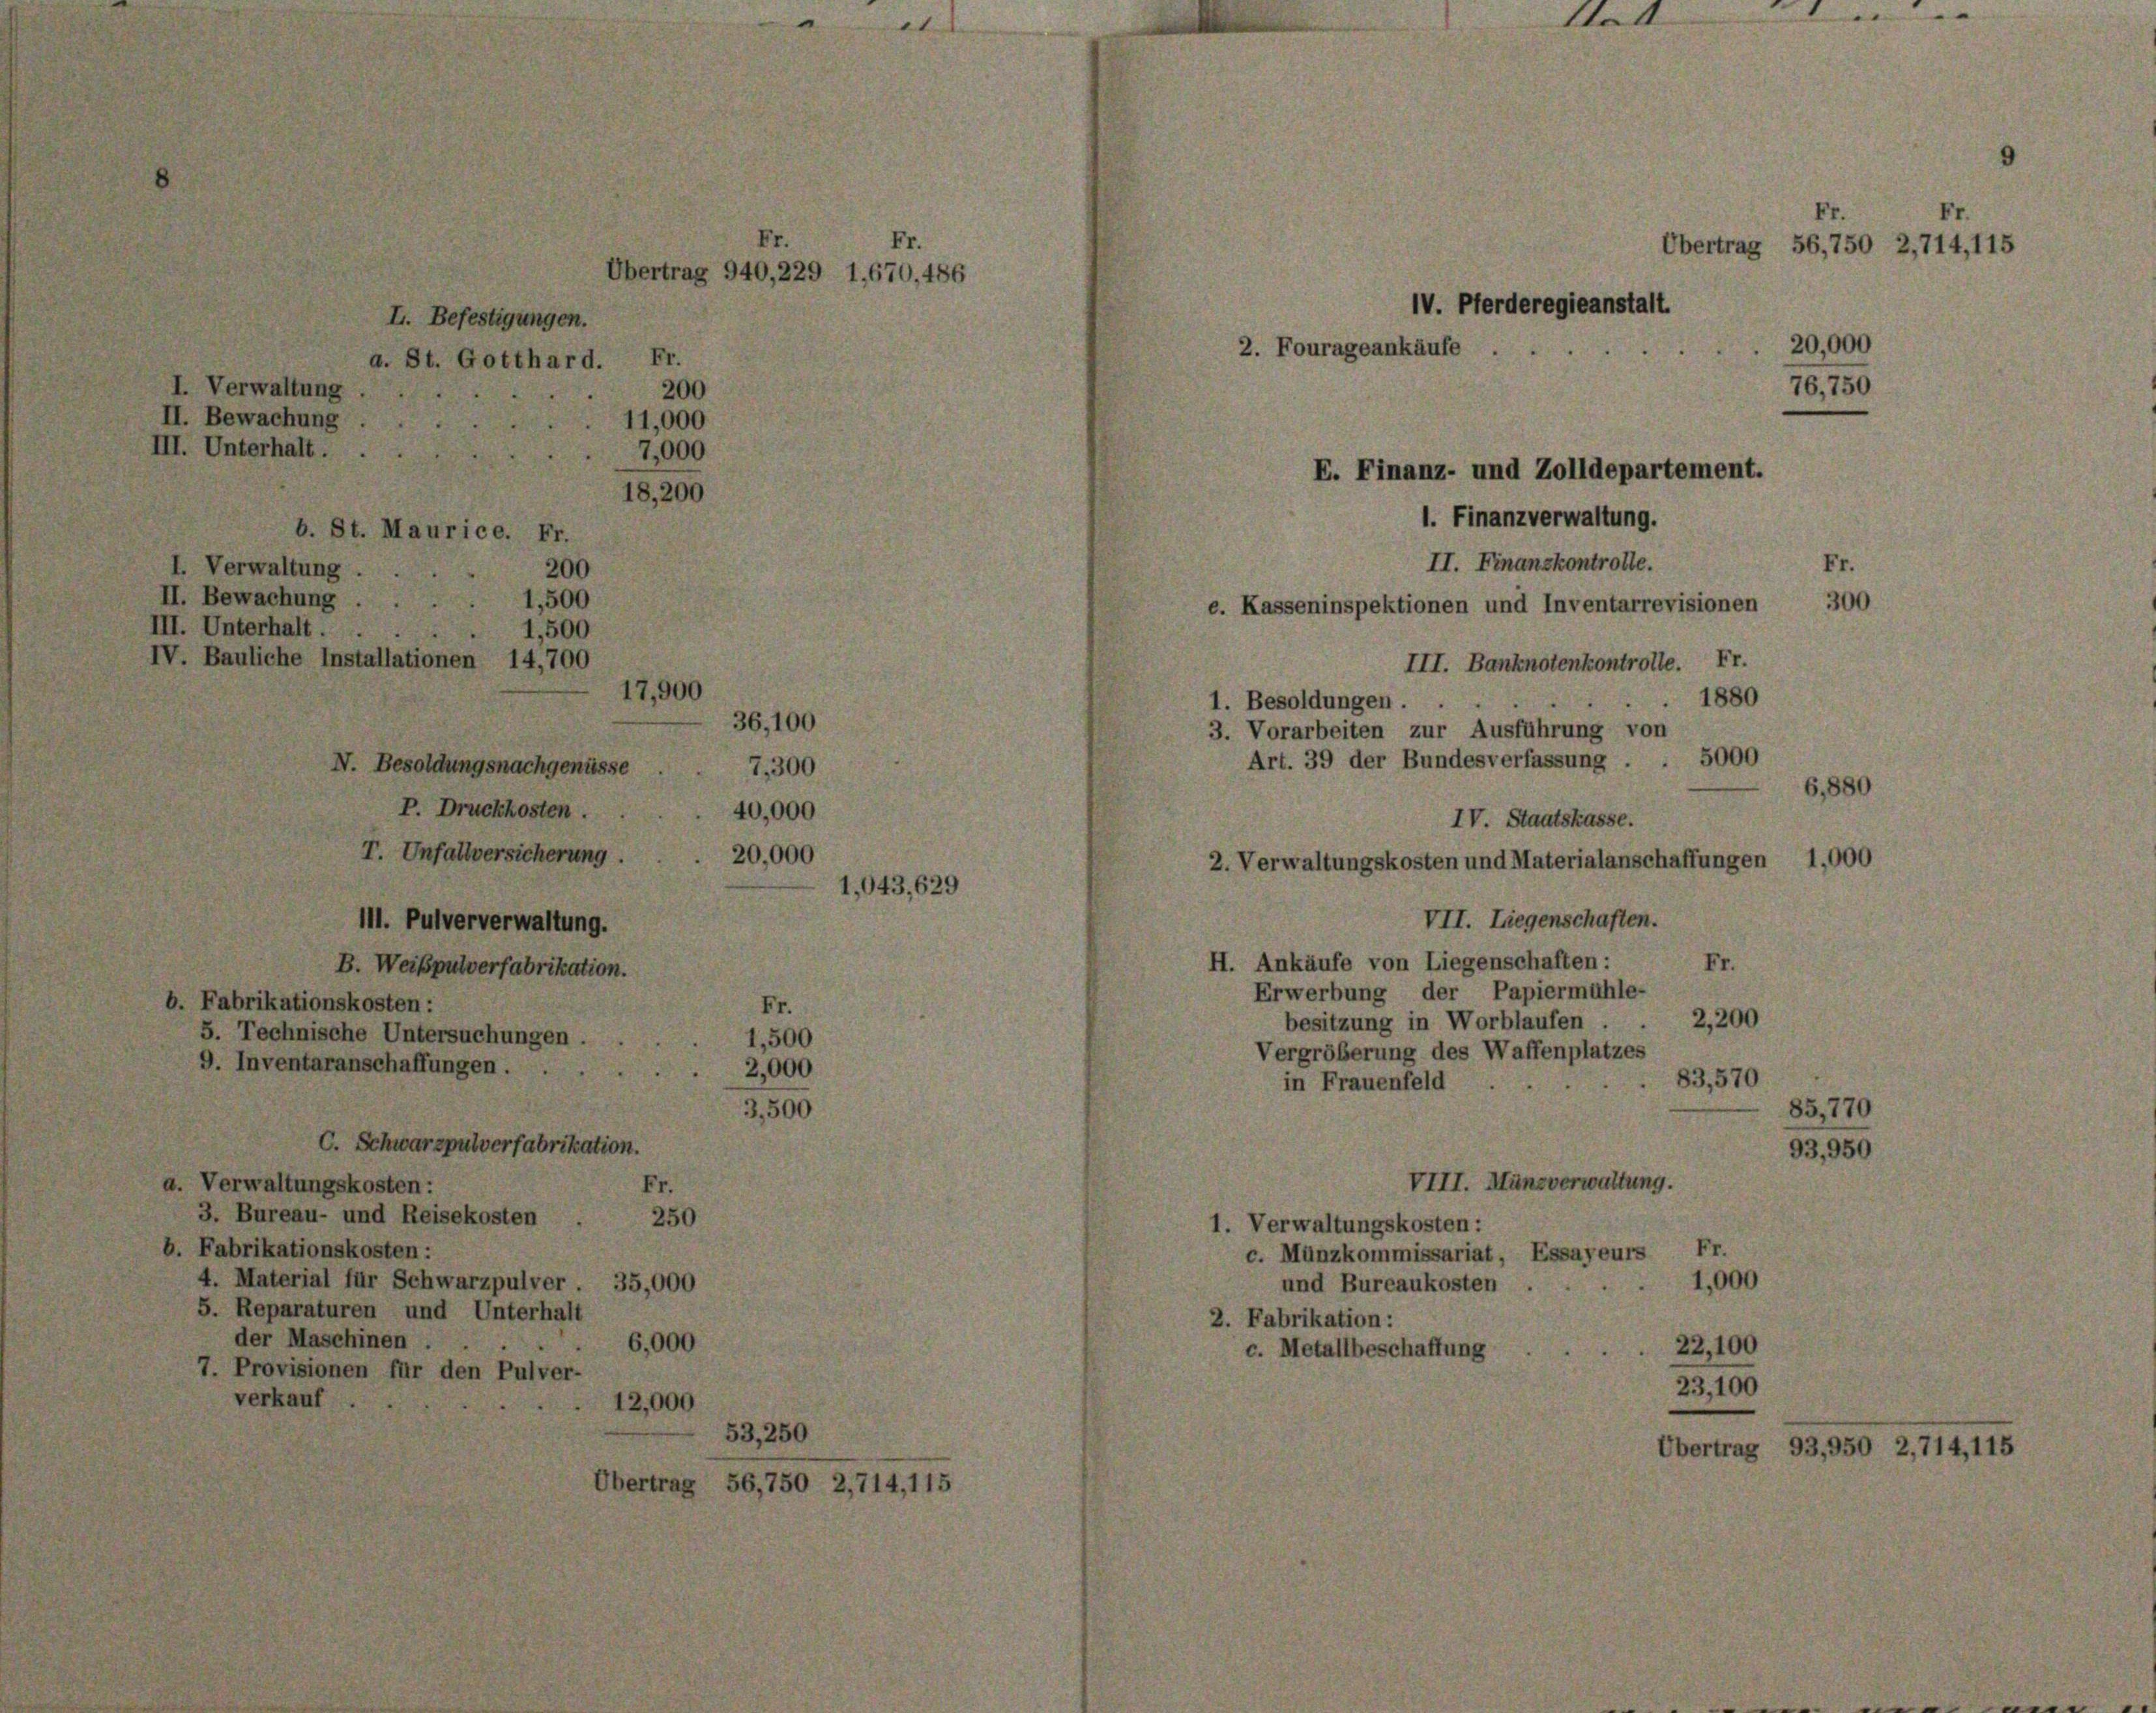
Verwaltung.

.

erwalt
ewach

wachung
alt.
h.

t. Mauric

Befestigungen.
Gotthard.

V. Besoldungsnachgenüsse
P. Druckkosten.
T. Unfallversicherung
III. Pulververwaltung.
B. Weißpulverfabrikation.
Fabrikationskosten :
5. Technische Untersuchungen.
9. Inventaranschaffungen.

C. Schwarzpulverfabrikation.

17.

a. Verwaltungskosten:
Er
3. Bureau- und Reisekosten
250
b. Fabrikationskosten :
4. Material für Schwarzpulver 35,000
5. Reparaturen und Unterhalt
der Maschinen .
6,000
7. Provisionen für den Pulver-
verkauf

§ 940, 229 1,67

2714, 115

2.

Fourag

IV. Pferderegier

ankäufe .

E. Finanz- und Zolldepartement.
1. Finanzverwaltung.

tet

E
Übertrag 56,750 2,714,115

20,000

II. Finanzkontrolle.
Fr.
300
e. Kasseninspektionen und Inventarrevisionen
III. Banknotenkontrolle. Fr.
1880
1. Besoldungen.
3. Vorarbeiten zur Ausführung von
Art. 39 der Bundesverfassung . . 5000
6,880
IV. Staatskasse.
2. Verwaltungskosten und Materialanschaffungen 1,000
VII. Liegenschaften.
H. Ankäufe von Liegenschaften:
Fr.
Erwerbung der Papiermühle-
2,200
besitzung in Worblaufen .
Vergrößerung des Waffenplatzes
83,570
in Frauenfeld
85,770
93,950
VIII. Münsverwaltung.
1. Verwaltungskosten:
c. Münzkommissariat, Essayeurs Fr
1,000
und Bureaukosten
2. Fabrikation:
22,100
c. Metallbeschaffung

Fr.

93,950 2,714,115